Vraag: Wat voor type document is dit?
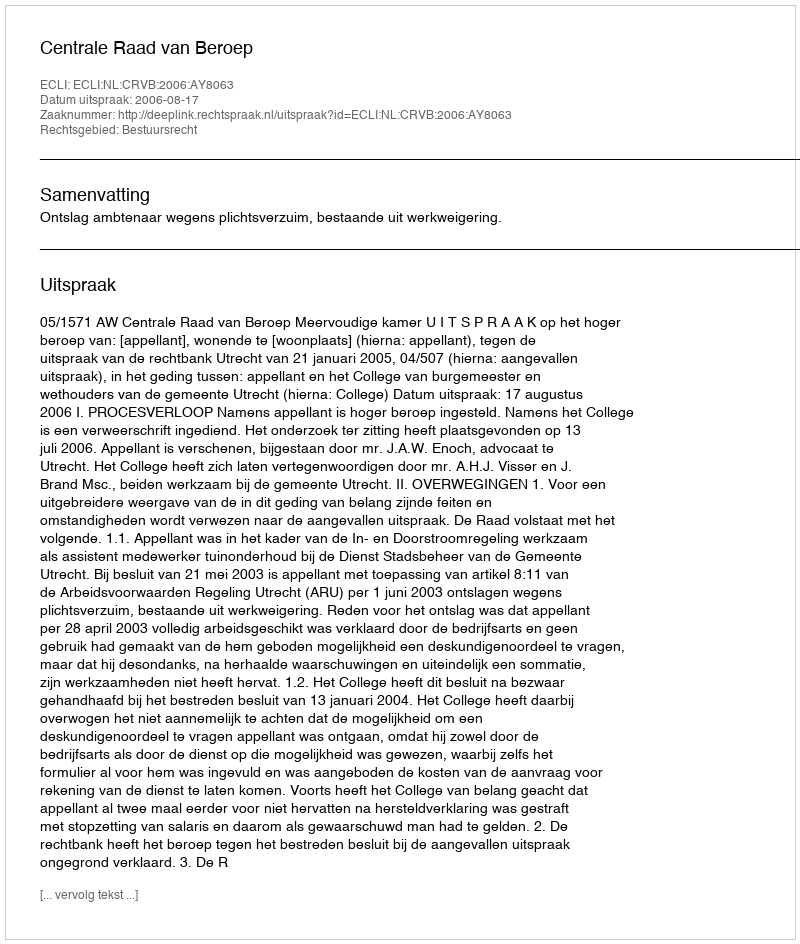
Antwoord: Uitspraak